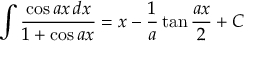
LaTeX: \int { \frac { \cos a x \, d x } { 1 + \cos a x } } = x - { \frac { 1 } { a } } \tan { \frac { a x } { 2 } } + C